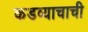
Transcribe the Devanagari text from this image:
कडव्याचाची